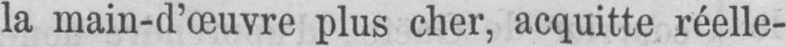
la main-d’œuvre plus cher, acquitte réelle-